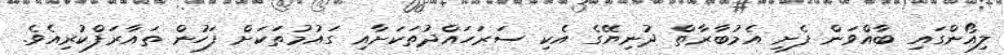
ލިއޯންގައި ބާއްވަން ފެށި އެމުބާރާތް ދުނިޔޭގެ އެކި ސަރަހައްދުތަކަށާއި ގައުމުތަކަށް ފަހުން ތައާރަފްކުރިއެވެ.